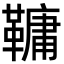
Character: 𩌨